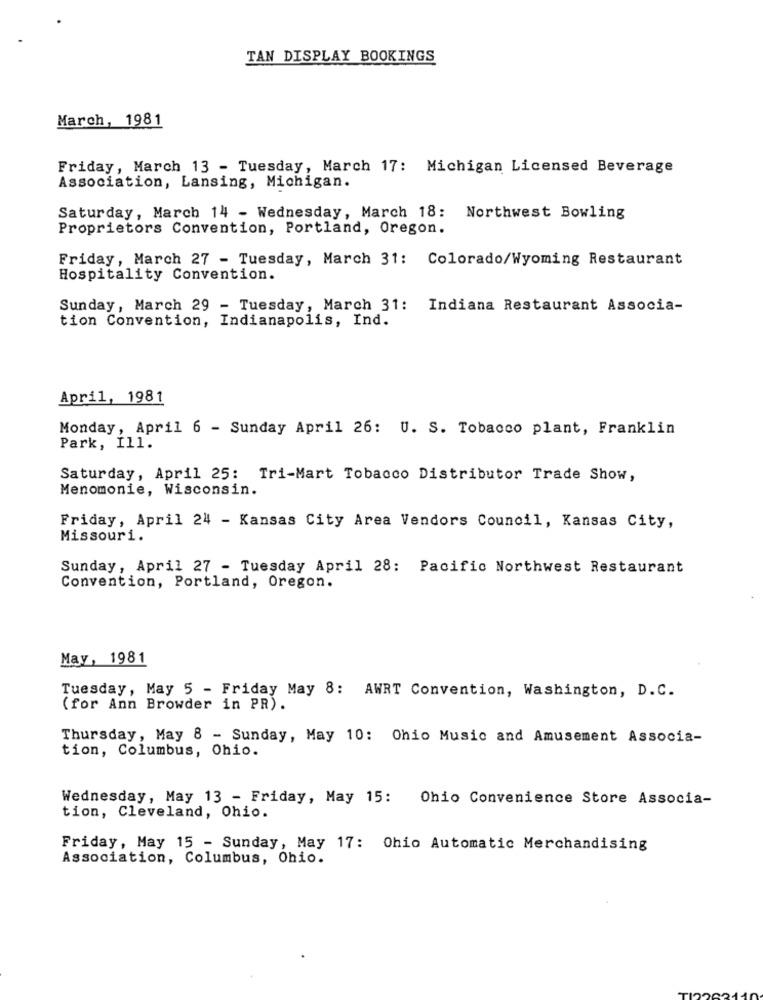
TAN DISPLAY BOOKINGS
March, 1981
Friday, March 13 - Tuesday, March 17: Michigan Licensed Beverage
Association, Lansing, Michigan.
Saturday, March 14 - Wednesday, March 18: Northwest Bowling
Proprietors Convention, Portland, Oregon.
Friday, March 27 - Tuesday, March 31: Colorado/Wyoming Restaurant
Hospitality Convention.
Sunday, March 29 - Tuesday, March 31: Indiana Restaurant Associa-
tion Convention, Indianapolis, Ind.
April, 1981
Monday, April 6 - Sunday April 26: U. S. Tobacco plant, Franklin
Park, Ill.
Saturday, April 25: Tri-Mart Tobacco Distributor Trade Show,
Menomonie, Wisconsin.
Friday, April 24 - Kansas City Area Vendors Council, Kansas City,
Missouri.
Sunday, April 27 - Tuesday April 28: Pacific Northwest Restaurant
Convention, Portland, Oregon.
May, 1981
Tuesday, May 5 - Friday May 8: AWRT Convention, Washington, D.C.
(for Ann Browder in PR).
Thursday, May 8 - Sunday, May 10: Ohio Music and Amusement Associa-
tion, Columbus, Ohio.
Wednesday, May 13 - Friday, May 15: Ohio Convenience Store Associa-
tion, Cleveland, Ohio.
Friday, May 15 - Sunday, May 17: Ohio Automatic Merchandising
Association, Columbus, Ohio.